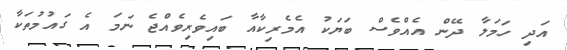
އަދި ހަމަލާ ދޭން އެއްވެސް ބަޔަކު އެމެރިކާއާ ބައިވެރިވެއްޖެ ނަމަ އެ ގައުމުތަކާ